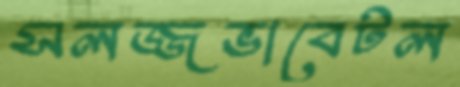
সলজ্জভাবেটল